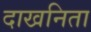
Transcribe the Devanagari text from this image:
दाखनिता